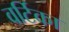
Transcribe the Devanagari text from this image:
वर्टिका